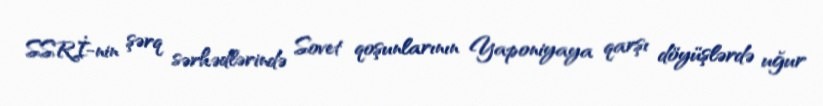
SSRİ-nin şərq sərhədlərində Sovet qoşunlarının Yaponiyaya qarşı döyüşlərdə uğur